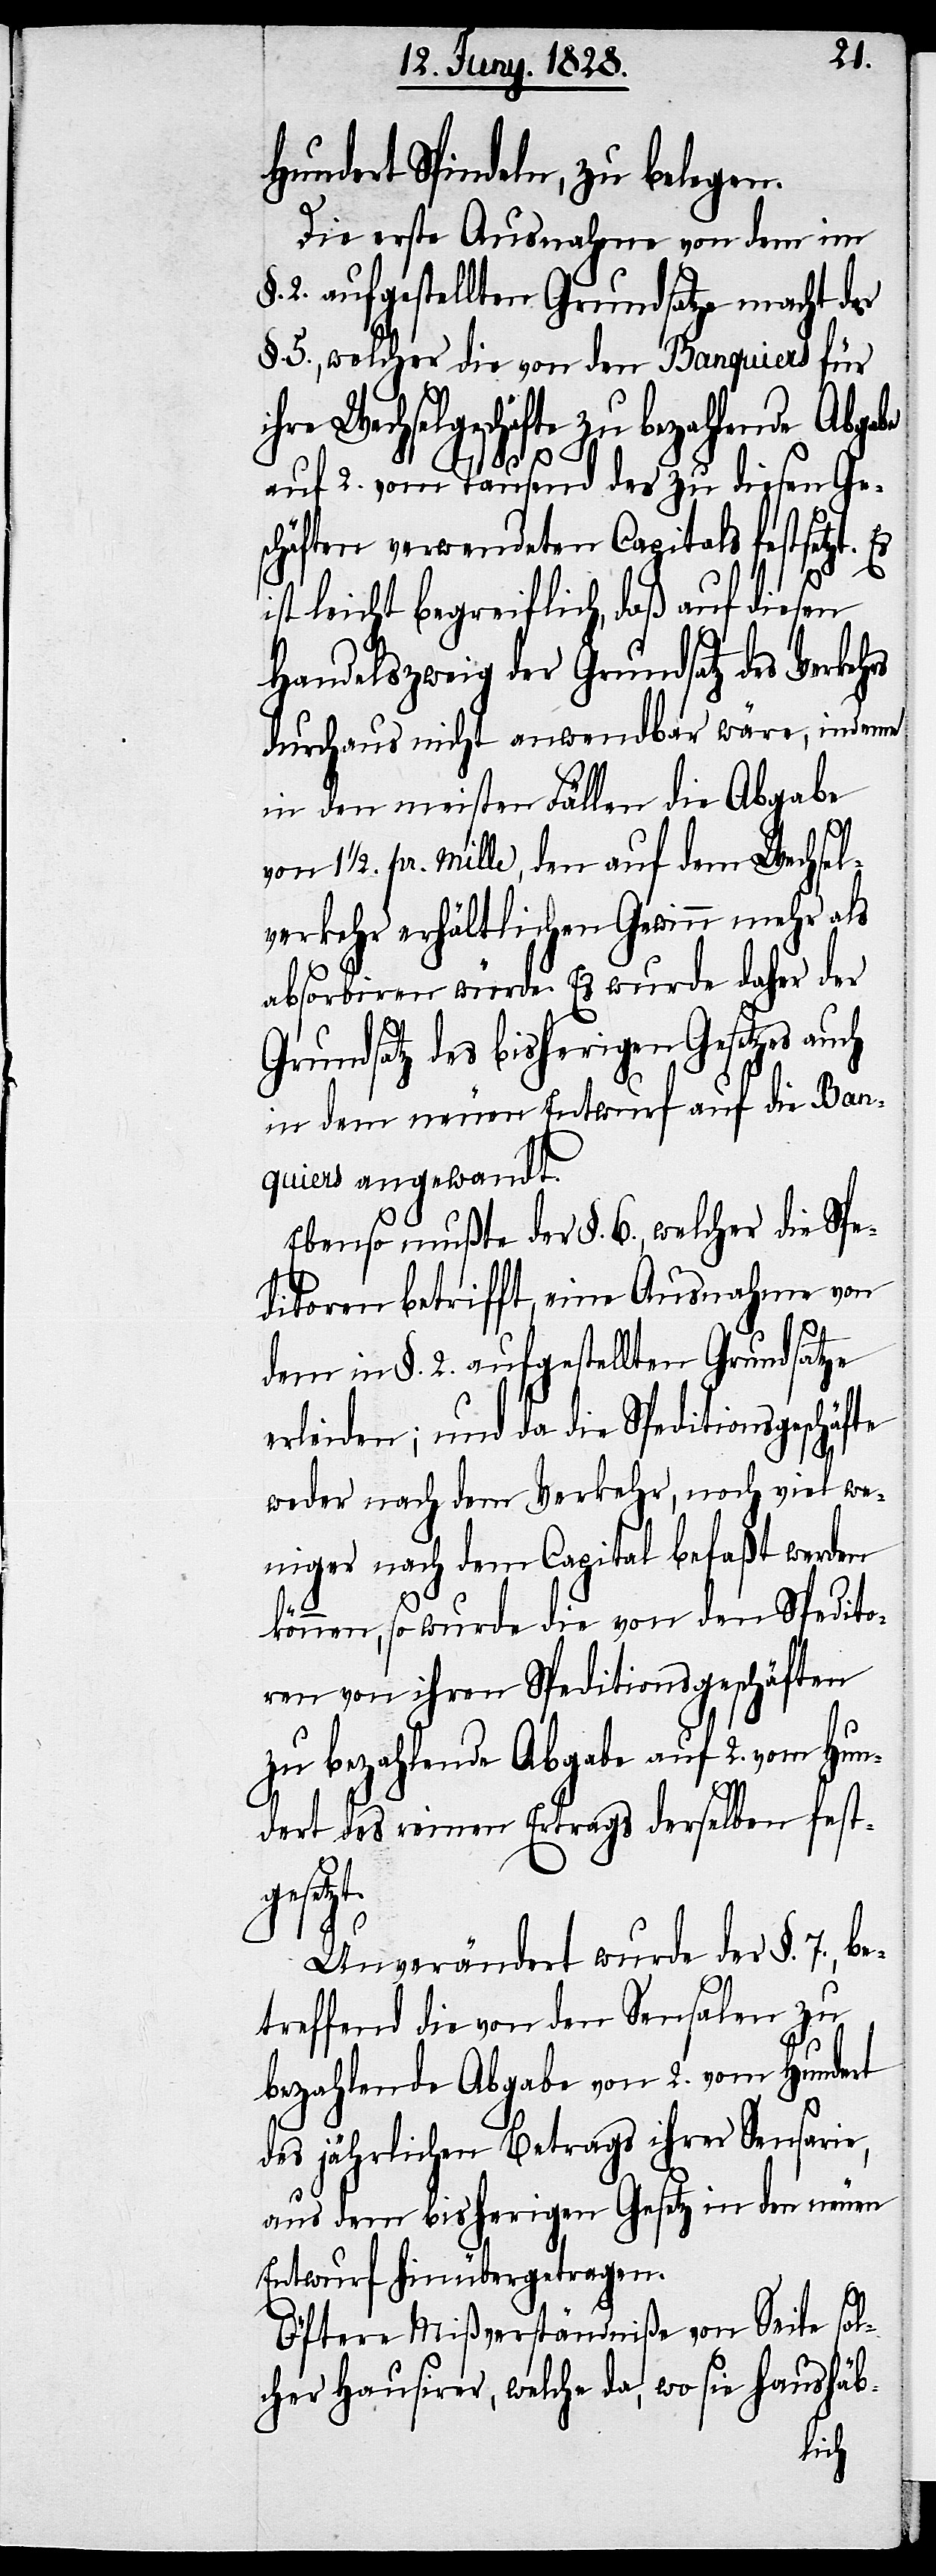
Hundert Spindeln, zu belegen.
Die erste Ausnahme von dem im
§. 2. aufgestellten Grundsatze macht der
§. 5, welcher die von den Banquiers für
ihre Wechselgeschäfte zu bezahlende Abgabe
auf 2. vom Tausend des zu diesen Ge¬
schäften verwendeten Capitals festsetzt.
i¬
st leicht begreiflich, daß auf diesen
Handelszweig der Grundsatz des Verkeh¬
durchaus nicht anwendbar wäre, indeme
in den meisten Fällen die Abgabe
von 11/2. pr. mille, den auf dem Wechsel¬
verkehr erhältlichen Gewinn mehr als
absorbieren würde. Es wurde daher der
Grundsatz des bisherigen Gesetzes au¬
in dem neuen Entwurf auf die Ban¬
quiers angewandt.
Ebenso mußte der §. 6., welcher die Spe¬
ditoren betrifft, eine Ausnahme von
dem in §. 2. aufgestellten Grundsatze
erleiden; und da die Speditionsgeschäfte
weder nach dem Verkehr, noch viel we¬
niger nach dem Capital befaßt werden
können, so wurde die von den Spedito¬
ren von ihren Speditionsgeschäften
zu bezahlende Abgabe auf 2. von Hun¬
dert des reinen Ertrags derselben fest¬
gesetzt.
ch
Unverändert wurde der §. 7., b¬
etreffend die von den Sensalen zu
bezahlende Abgabe von 2. vom Hundert
des jährlichen Betrags ihrer Sensario,
aus dem bisherigen Gesetz in den neuen
Entwurf hinübergetragen.
Öftere Mißverständniße von Seite sol¬
cher Hausirer, welche da, wo sie haushäb-